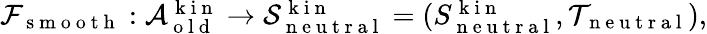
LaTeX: \begin{array}{r}{\mathcal{F}_{\mathrm{~s~m~o~o~t~h~}}:\mathcal{A}_{\mathrm{~o~l~d~}}^{\mathrm{~k~i~n~}}\to\mathcal{S}_{\mathrm{~n~e~u~t~r~a~l~}}^{\mathrm{~k~i~n~}}=(S_{\mathrm{~n~e~u~t~r~a~l~}}^{\mathrm{~k~i~n~}},\mathcal{T}_{\mathrm{~n~e~u~t~r~a~l~}}),}\end{array}